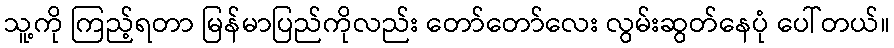
သူ့ကို ကြည့်ရတာ မြန်မာပြည်ကိုလည်း တော်တော်လေး လွမ်းဆွတ်နေပုံ ပေါ်တယ်။